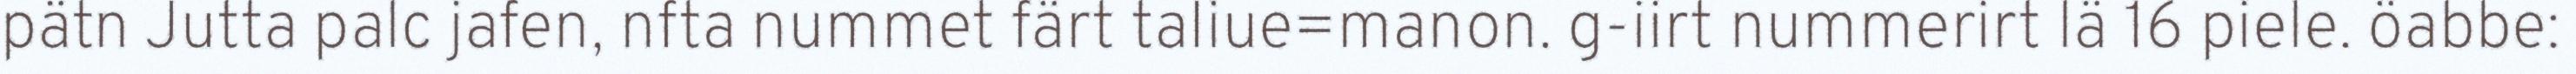
pätn Jutta palc jafen, nfta nummet färt taIiue=manon. g-iirt nummerirt lä 16 piele. öabbe: